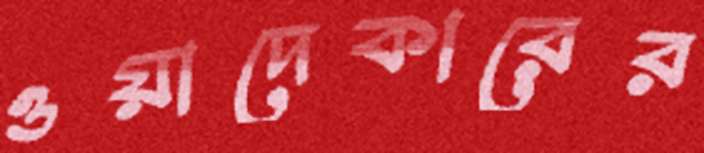
ওয়াদেকারের